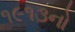
૧૯૧૩નો